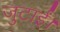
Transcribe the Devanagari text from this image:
जुटाईं।